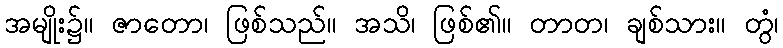
အမျိုး၌။ ဇာတော၊ ဖြစ်သည်။ အသိ၊ ဖြစ်၏။ တာတ၊ ချစ်သား။ တွံ၊